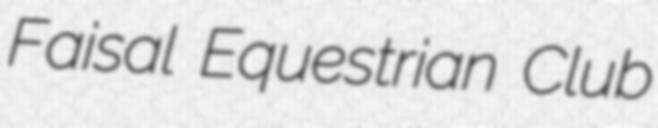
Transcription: Faisal Equestrian Club